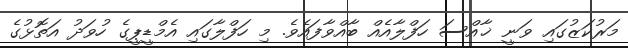
މަރުކަޒުގައި ވަނީ ޚާއްސަ ހަފްލާއެއް ބާއްވާފައެވެ. މި ހަފްލާގައި އެމްޑީޕީގެ ހުވަދު އަތޮޅުގެ